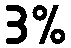
3%